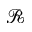
\mathcal { R }